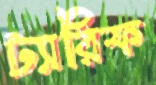
ট্যারিফ